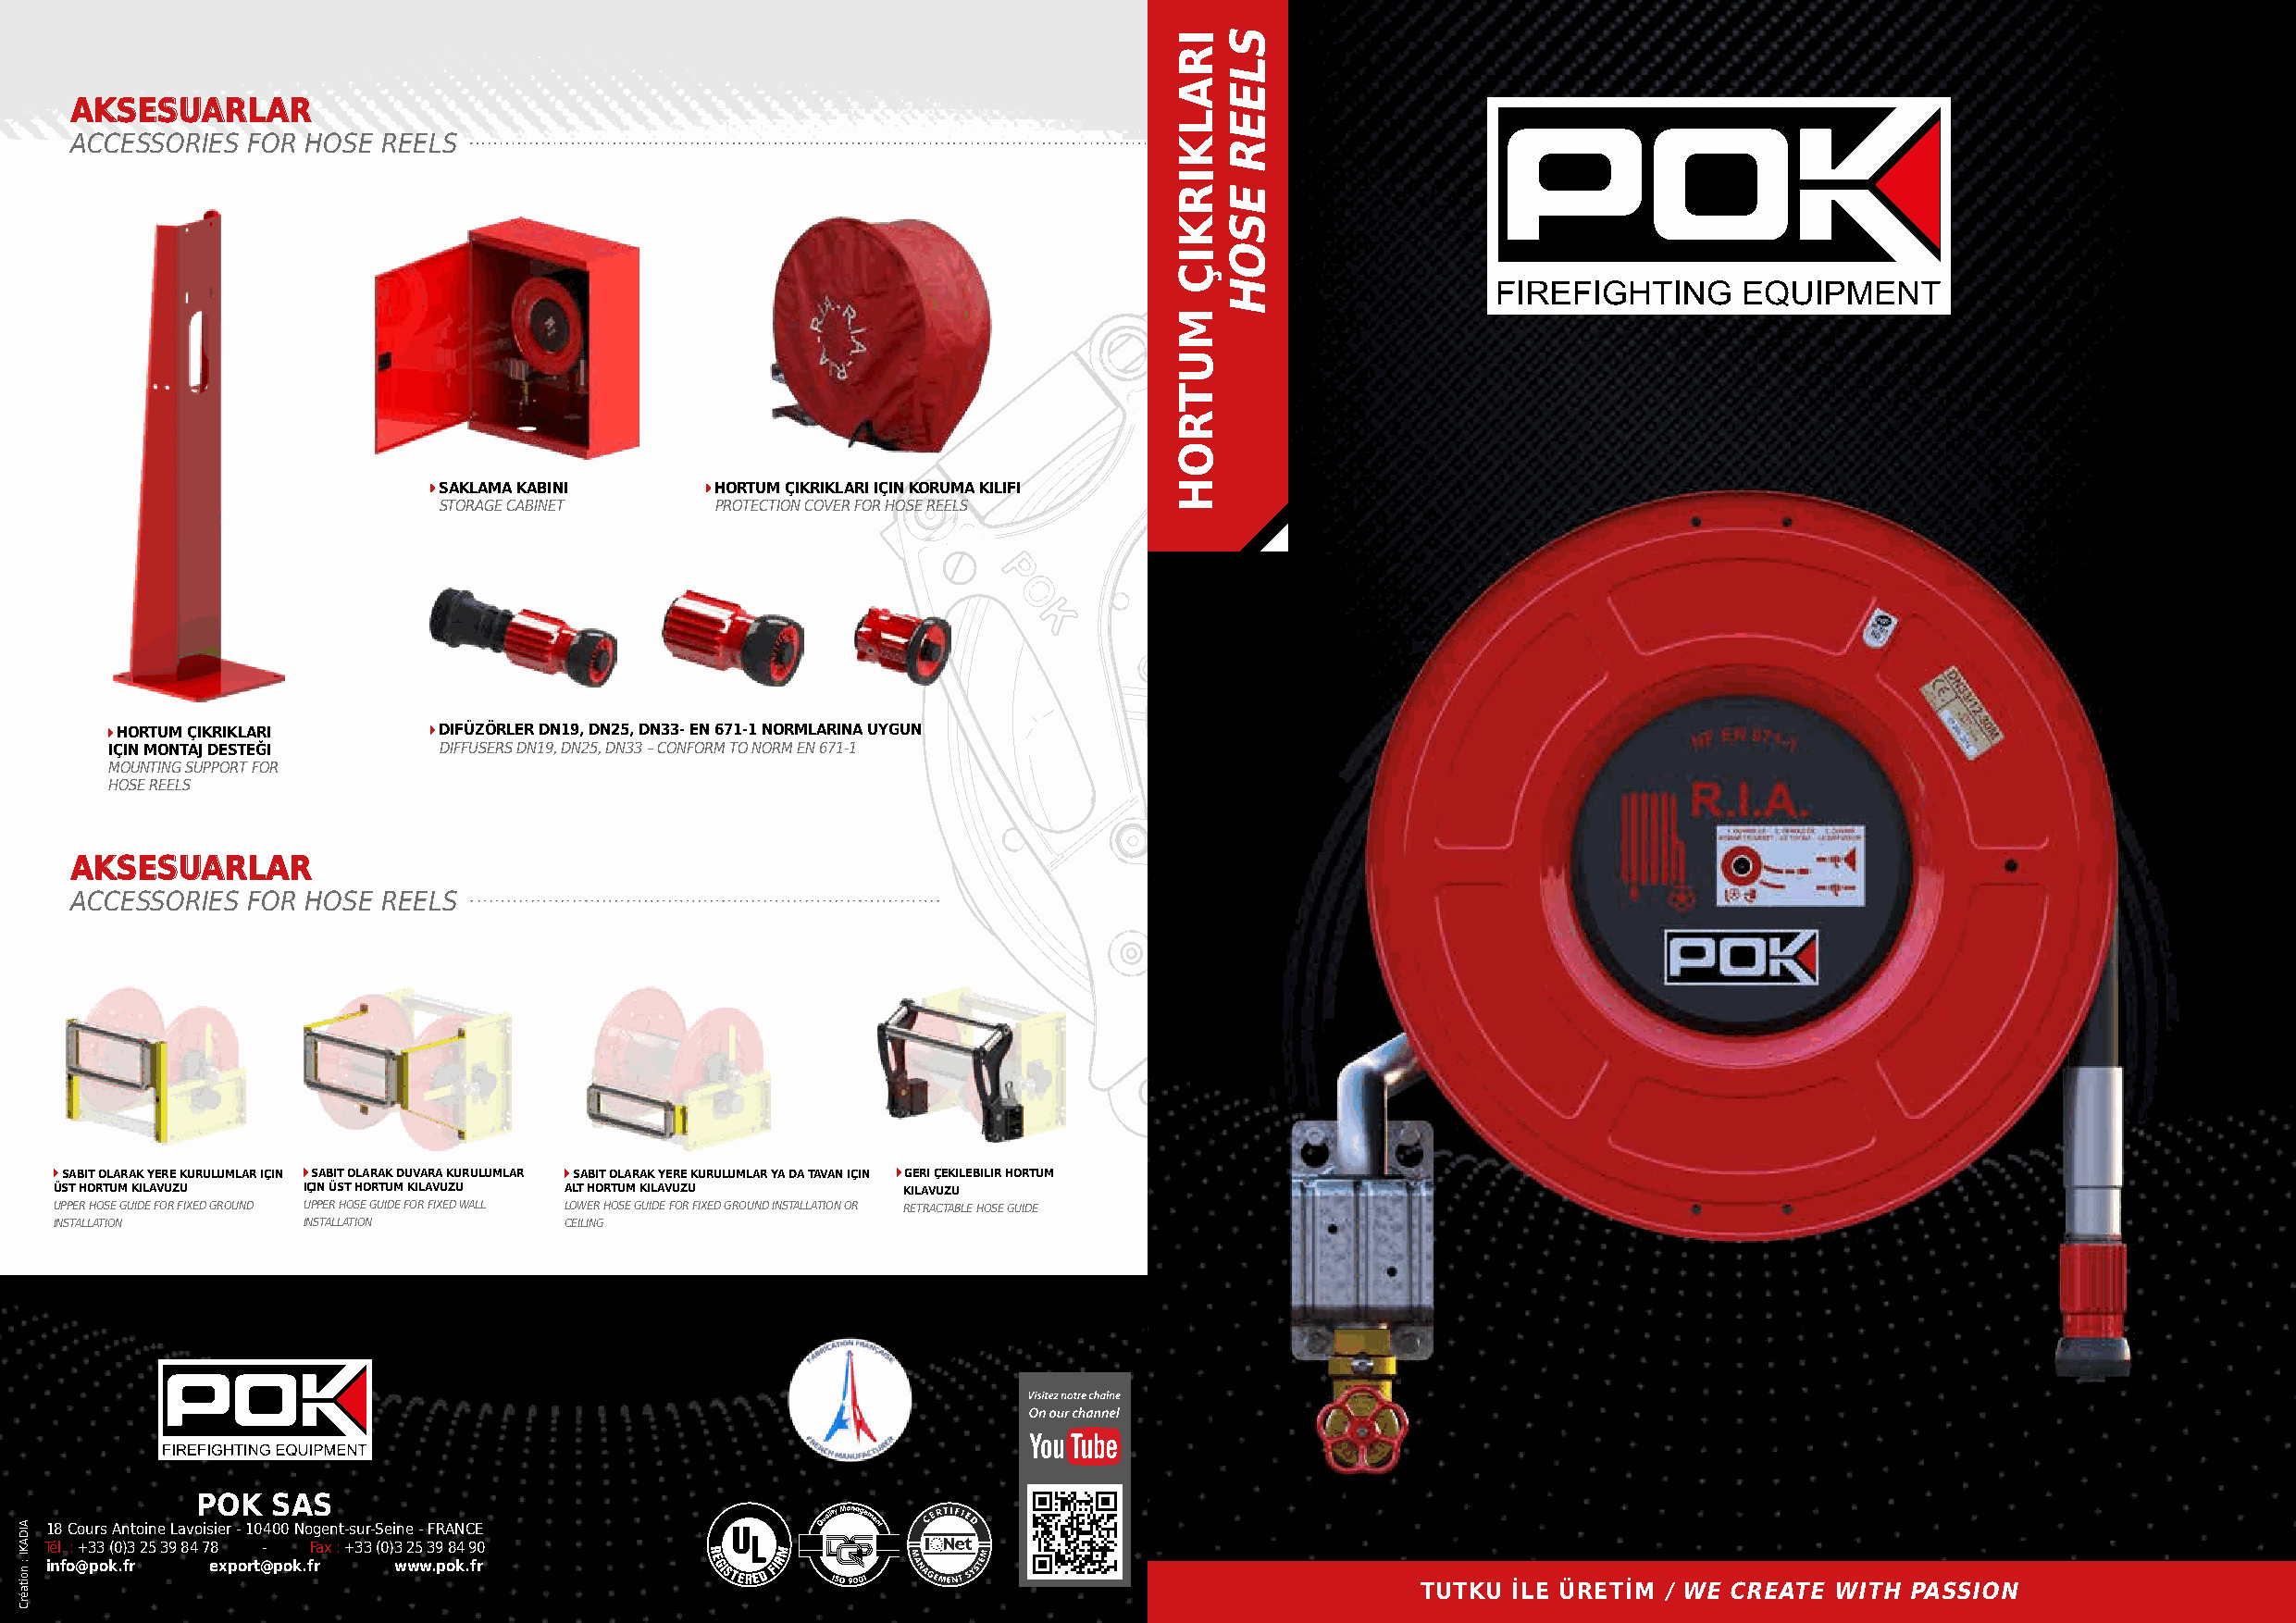
Geri çekile-
 bilir hortum
 kılavuzu
 AKSESUARLAR
 ACCESSORIES  FOR HOSE REELS
 SAKLAMA KABINI      HORTUM ÇIKRIKLARI IÇIN KORUMA KILIFI
 STORAGE CABINET     PROTECTION COVER FOR HOSE REELS
 HORTUM ÇIKRIKLARI      DIFÜZÖRLER DN19, DN25, DN33- EN 671-1 NORMLARINA UYGUN
 IÇIN MONTAJ DESTEĞI    DIFFUSERS DN19, DN25, DN33 – CONFORM TO NORM EN 671-1
 MOUNTING SUPPORT FOR
 HOSE REELS
 AKSESUARLAR
 ACCESSORIES  FOR HOSE REELS
 SABIT OLARAK YERE KURULUMLAR IÇIN SABIT OLARAK DUVARA KURULUMLAR SABIT OLARAK YERE KURULUMLAR YA DA TAVAN IÇIN GERI ÇEKILEBILIR HORTUM
 ÜST HORTUM KILAVUZU IÇIN ÜST HORTUM KILAVUZU ALT HORTUM KILAVUZU KILAVUZU
 UPPER HOSE GUIDE FOR FIXED GROUND UPPER HOSE GUIDE FOR FIXED WALL LOWER HOSE GUIDE FOR FIXED GROUND INSTALLATION OR RETRACTABLE HOSE GUIDE
 INSTALLATION      INSTALLATION      CEILING
 POK  SAS
 18 Cours Antoine Lavoisier - 10400 Nogent-sur-Seine - FRANCE
 Tél. : +33 (0)3 25 39 84 78 - Fax : +33 (0)3 25 39 84 90
 info@pok.fr export@pok.fr www.pok.fr
 TUTKU İLE ÜRETİM / WE CREATE WITH PASSION
 AIDAKI
 : noitaérC
 IRALKIRKIÇ
 MUTROH
 SLEER
 ESOH